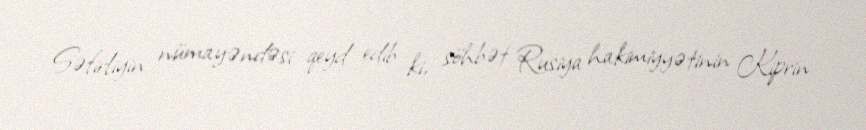
Səfirliyin nümayəndəsi qeyd edib ki, söhbət Rusiya hakimiyyətinin Kiprin